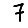
Digit: 7